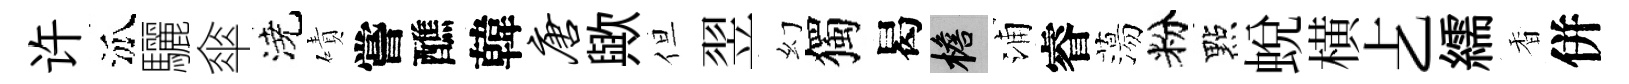
许泒驪傘澆磧嘗醮韓唐歟但翌幻獨曷檐浦睿蕩粉點蛻横𠧒繻香併